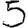
Digit: 5